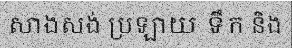
សាងសង់ ប្រឡាយ ទឹក និង